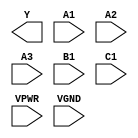
module sky130_fd_sc_hs__a311oi (
    Y   ,
    A1  ,
    A2  ,
    A3  ,
    B1  ,
    C1  ,
    VPWR,
    VGND
);

    output Y   ;
    input  A1  ;
    input  A2  ;
    input  A3  ;
    input  B1  ;
    input  C1  ;
    input  VPWR;
    input  VGND;
endmodule